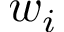
w _ { i }